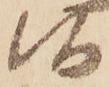
候